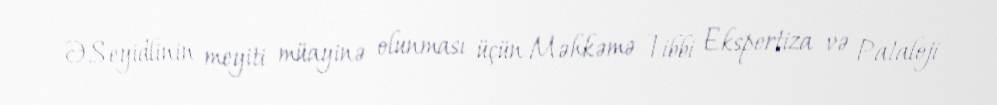
Ə.Seyidlinin meyiti müayinə olunması üçün Məhkəmə Tibbi Ekspertiza və Pataloji